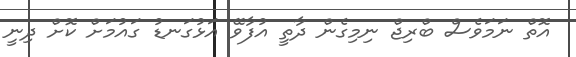
އޮތް ނަމަވެސް ބްރިޖް ނިމިގެން ދާތީ އުފާވޭ އަޅުގަނޑު ގައުމަށް ކޮށް ދިނީ